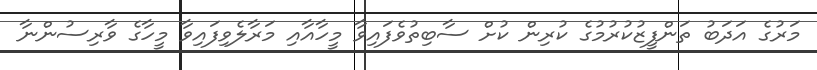
މަރުގެ އަދަބު ތަންފީޒުކުރުމުގެ ކުރިން ކުށް ސާބިތުވެފައިވާ މީހާއާއި މަރާލެވިފައިވާ މީހާގެ ވާރިސުންނާ